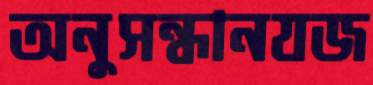
অনুসন্ধানযজ